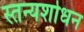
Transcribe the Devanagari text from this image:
स्तन्यशोधन